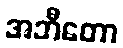
အဘီတော